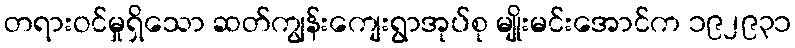
တရားဝင်မှုရှိသော ဆတ်ကျွန်းကျေးရွာအုပ်စု မျိုးမင်းအောင်က ၁၉၂၉၃၁